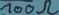
Text: 100Ω